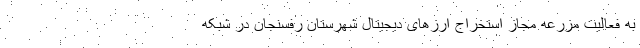
به فعالیت مزرعه‌ مجاز استخراج ارزهای دیجیتال شهرستان رفسنجان در شبکه